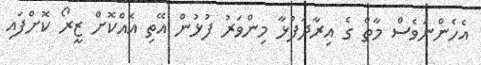
އެހެންނަވެސް މާތް ގެ އިރާދަފުޅާ މިންވަރު ފުޅުން އޭތި އެއްކޮށް ޒީރޯ ކޮށްފައި